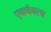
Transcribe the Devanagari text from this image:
एकदैवत्व